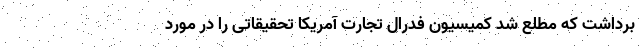
برداشت که مطلع شد کمیسیون فدرال تجارت آمریکا تحقیقاتی را در مورد